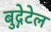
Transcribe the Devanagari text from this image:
बुद्गेटेल